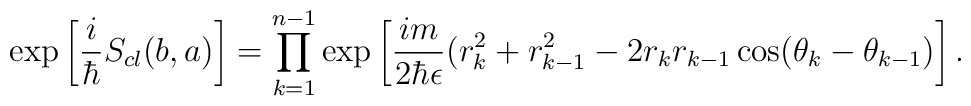
\exp \left[\frac{i}{\hbar}S_{cl}(b,a)\right]=\prod_{k=1}^{n-1}\exp\left[ \frac{im}{2\hbar\epsilon}(r_{k}^{2}+r_{k-1}^2-2r_{k}r_{k-1}\cos(\theta_{k}-\theta_{k-1})\right].